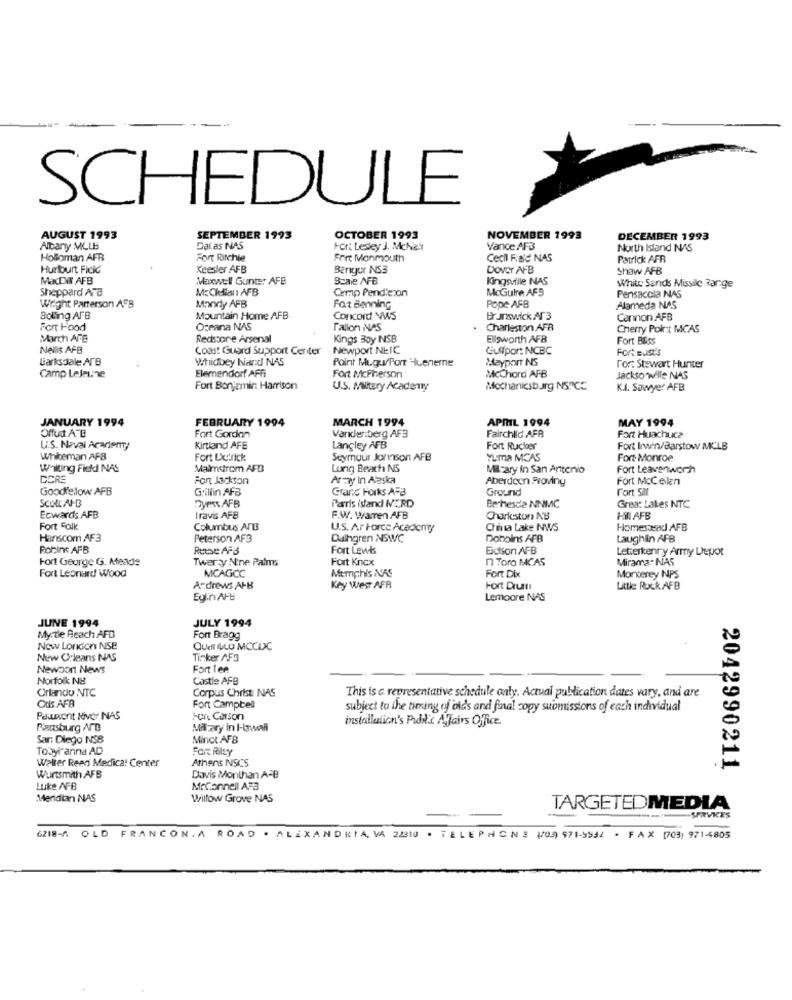
SCHEDULE
AUGUST 1993
SEPTEMBER 1993
OCTOBER 1993
NOVEMBER 1993
DECEMBER 1993
Albany MLLB
DaLas NAS
For: Lesey J. Mchias
Vance AFB
North Island NAS
Holloman AFB
Fort Ritchie
Fort Monmouth
Cecil Find NAS
Patrick AFR
Hurburt Ficic
Keesler AFB
Berigor NS3
DOVET AFB
Shaw AFB
MacDW AFB
Maxwell Gunter AFB
Bcaie AFB
Kingsville INAS
Sheppard Ard
McCledilen AFB
Cmp Pendlezon
McGuire AFS
White Sands Missile Range
Pensacola NAS
Wright Patterson AFB
Mandy AFB
Fat Benning
Pope AFB
Alameda NAS
Boling AFB
Mountain Home AFB
Concord WWWS
Brunswick AT 3
Cannon AFB
Fort Food
Oceana NAS
Fallon NAS
Charleston AFR
Cherry Point MCAS
March AFE
Redssore Arsenal
Kings Boy NSB
Ellsworth AFB
Fort Bliss
Nellis AFB
Coast Guard Support Center
Newport NEIC
Gulfpor: NCBC
Fort Eustis
Barksdale ATB
Whidbey hiand NAS
Point MuguPort Huenerne
Mayport NS
Fort Stewart Hunter
Camp LeJeune
Elemendorf AFF
Fort McPherson
Mcchord AFB
JacksonMille NAS
Fort Bonjemin Harrison
U.S. Military Academy
Mechanicsburg NSPCC
KJ. Sawyer AFB
JANUARY 1994
FEBRUARY 1994
MARCH 1994
APRIL 1994
MAY 1994
Fairchlid AFB
Fort Gordon
Varklenberg AF3
Fort Huachuc?
U.S. Naval Acarien
Kirtland AFE
Langley AFB
Fort Rucker
Fort Irwin/Barstow MCLB
Whileman AFB
Fort Detrick
Seymour Johnson AFB
Yuma MCAS
Fort- Monroe
Willing Fied NAS
Malmstrom AFB
Long Beach NS
Mil-ary in San Antonio
Fort Leavenworth
DORE
Fant Jackson
Army In Alaska
Aberdeen Froviny
Fort McCellen
Goodielow AFB
Grillin AFB
Grand Forks AFB
Ground
Fort Sal
Paris istand MERD
ScolCAN-B
Dyess AFB
Bethesda NNMC
Great Lakes NTC
Ecwards AFB
Iravis AFB
F.W. Warren AFB
Charleston NB
Hill AFB
Fort Falk
Columbus AnB
U.S. Ar Force Academy
China Lake NWS
HomesweetJ AFB
Hanscom AF3
Peterson AF3
Daihgren NSWC
Dobbins AFB
Laughlin AFB
Robins AFB
RutSe AFB
Fort Lewis
Eidtson AFB
Letterkenny Army Depot
Fort George G. Meade
Twerty Nine Palms
Fort Knox
n Toro MCAS
Mirama. NAS
Fort Leonard Wood
MCAGCC
Memphis NAS
Fort Dix
Monterey INPS
Andrews AF-B
Key West AFR
Fort Drumn
Little Ruck AFB
Eglin AFB
Lemoore NAS
JUNE 1994
JULY 1994
Myrtle Beach AFD
Fort Bragg
Now London NSE
OUdi VLO MCCUC
New Orleans NAS
Tinker AF3
Newport News
Fort lee
Norfolk NB
Castle AFB
Orlando NTC
Corpus Christ NAS
Odis AFB
This is a representative schedule anty. Actual publication dates vary, and are
Fort Campbell
subject to the timing of oids and final copy submissions of each individual
Pawnont Niver NAS
son Carson
installation's Public Affairs Office
Plantsburg AFD
Military In I-owali
San Diego NSB
Minct AFB
Tobyr anna AD
For Paley
Walter Reed Medical Center
Athens NSCS
2042990211
Wurtsmith AFB
Davis Monthan A-B
Luke AFB
McConnell AFB
Meridian NAS
Willow Grove NAS
TARGETEDMEDIA
SPRVKES
6ZIB-A OLD FRANCON. A ROAD . ALEXANDRIA, VA 22310 . TELEPHONE 10.9 971-9532 · FAX [703) 971-4805